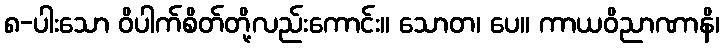
၈-ပါးသော ဝိပါက်စိတ်တို့လည်းကောင်း။ သောတ၊ ပေ။ ကာယဝိညာဏာနိ၊